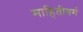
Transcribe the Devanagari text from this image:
माहितीवर्ग